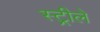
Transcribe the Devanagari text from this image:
स्ट्रीले